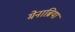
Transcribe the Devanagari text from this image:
मेनाब्रिया